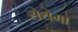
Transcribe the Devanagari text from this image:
रोयेगा